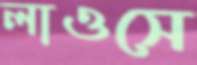
লাওসে